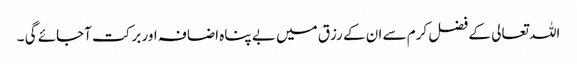
اللہ تعالی کے فضل کرم سے ان کے رزق میں بے پناہ اضافہ اور برکت آجائے گی ۔